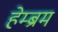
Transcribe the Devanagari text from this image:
हेम्‍ब्रम